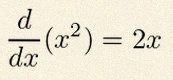
\frac{d}{dx}(x^2)=2x